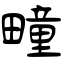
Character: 疃